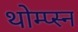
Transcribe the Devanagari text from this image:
थोम्प्स्न